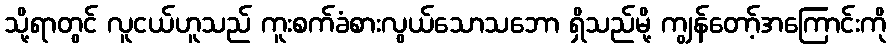
သို့ရာတွင် လူငယ်ဟူသည် ကူးစက်ခံစားလွယ်သောသဘော ရှိသည်မို့ ကျွန်တော့်အကြောင်းကို